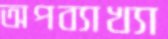
অপব্যাখ্যা